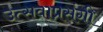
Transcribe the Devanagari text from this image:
उत्सवाप्रसंगी